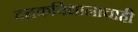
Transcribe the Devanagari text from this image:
दत्तकविधानाचाही